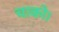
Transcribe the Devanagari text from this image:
चाको।